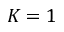
K = 1